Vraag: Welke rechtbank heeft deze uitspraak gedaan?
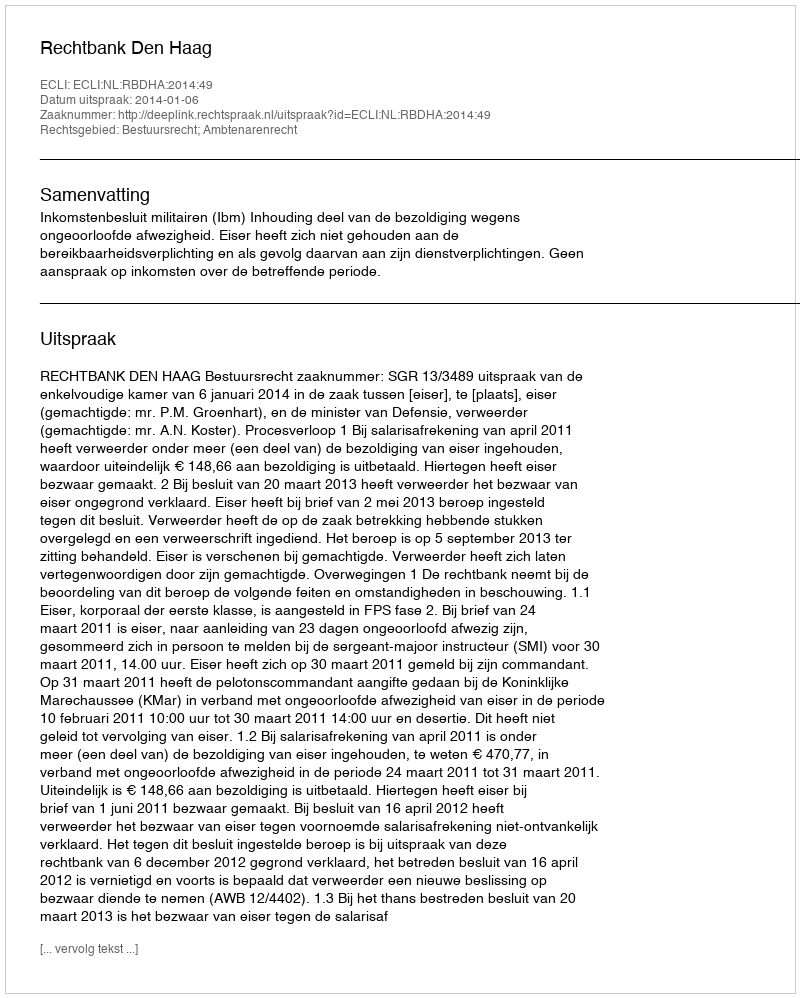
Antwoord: Rechtbank Den Haag